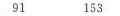
91 153